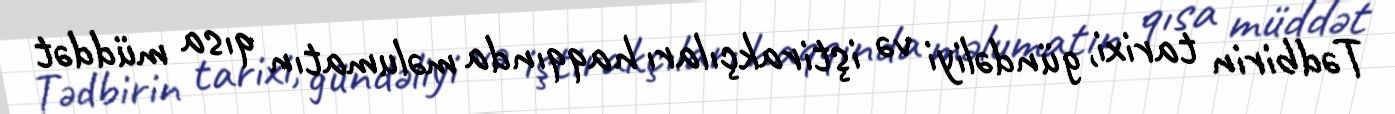
Tədbirin tarixi, gündəliyi və iştirakçıları haqqında məlumatın qısa müddət